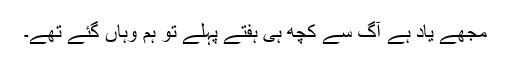
مجھے یاد ہے آگ سے کچھ ہی ہفتے پہلے تو ہم وہاں گئے تھے۔